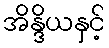
အိန္ဒိယနှင့်